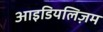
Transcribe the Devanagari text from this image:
आइडियलिज़म